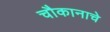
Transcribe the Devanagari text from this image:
चौकानाचे